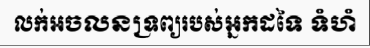
លក់អចលនទ្រព្យរបស់អ្នកដទៃ ទំហំ